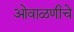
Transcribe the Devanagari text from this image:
ओवाळणीचे